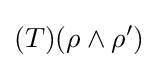
(T)(\rho \wedge \rho ')